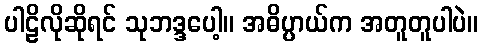
ပါဠိလိုဆိုရင် သုဘဒ္ဒပေါ့။ အဓိပ္ပာယ်က အတူတူပါပဲ။